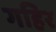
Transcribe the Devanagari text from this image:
गहिर